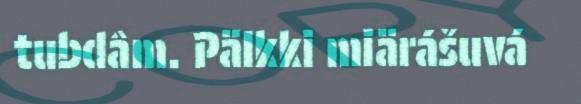
tubdâm. Pälkki miärášuvá